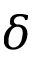
\delta